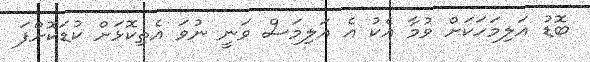
ބޮޑު އަލިމަހަކަށް ވުމާ އެކު އެ އަލިމަސް ވަނީ ނުވަ އެތިކޮޅަށް ކުޑަކޮށްފަ